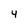
Character: 4